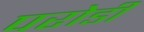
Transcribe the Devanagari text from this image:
परोडी